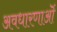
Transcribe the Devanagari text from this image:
अवधारणाऒं